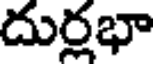
దుర్లభా